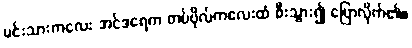
မင်းသားကလေး အင်ဒရေက တပ်ဗိုလ်ကလေးထံ စီးသွား၍ ပြောလိုက်၏။